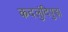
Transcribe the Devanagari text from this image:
कदलुंदिपुड़ा